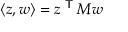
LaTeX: \langle z , w \rangle = z ^ { \textsf { T } } M w